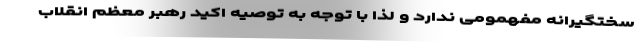
سختگیرانه مفهمومی ندارد و لذا با توجه به توصیه اکید رهبر معظم انقلاب